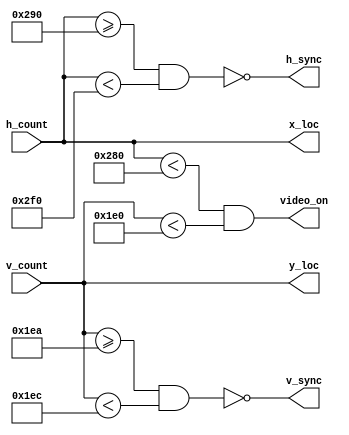
`timescale 1ns / 1ps

module vga_sync(
    input [9:0] h_count,
    input [9:0] v_count,
    output h_sync,
    output v_sync,
    output video_on,
    output [9:0] x_loc,
    output [9:0] y_loc
    );
        
    // horizontal screen paramters
    localparam HD = 640;
    localparam HF = 16;
    localparam HR = 96;
    localparam HB = 48;
    
    // vertical screen paramters
    localparam VD = 480;
    localparam VF = 10;    
    localparam VR = 2;
    localparam VB = 33;
    
    // assigning the output states
    assign x_loc = h_count;
    assign y_loc = v_count;
    assign video_on = h_count < HD && v_count < VD;
    assign h_sync = ~((h_count >= HD + HF) && (h_count < HD+HF+HR)); 
    assign v_sync = ~((v_count >= VD + VF) && (v_count < VD+VF+VR)); 

//    assign h_sync = ~(655 < h_count && h_count < 752); 
//    assign v_sync = ~(489 < v_count && v_count < 492);     
    
endmodule